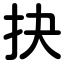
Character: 抉